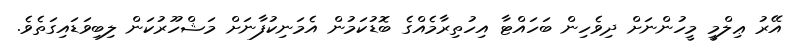
އޭރު ޢިލްމީ މީހުންނަށް ދިވެހިން ބަހައްޓާ އިހުތިރާމެއްގެ ބޮޑުކަމުން އެމަނިކުފާނަށް މަޝްހޫރުކަން ލިބިވަޑައިގަތެވެ.